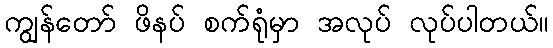
ကျွန်တော် ဖိနပ် စက်ရုံမှာ အလုပ် လုပ်ပါတယ်။